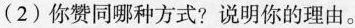
(2)你赞同哪种方式?说明你的理由。